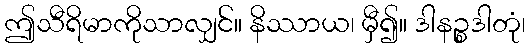
ဤသီရိမာကိုသာလျှင်။ နိဿာယ၊ မှီ၍။ ဒါနဉ္စဒါတုံ၊